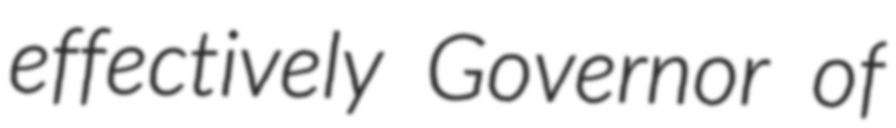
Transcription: effectively Governor of